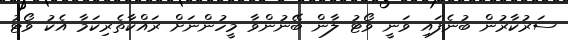
ސަރުކާރުން ބުނެފައި ވަނީ ވޯޓު ލާން ބޭނުންވާ މީހުންނަށް ރައްކާތެރިކަމާ އެކު ވޯޓު